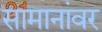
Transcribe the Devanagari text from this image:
सामानांवर